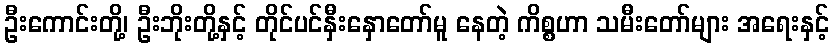
ဦးကောင်းတို့၊ ဦးဘိုးတို့နှင့် တိုင်ပင်နှီးနှောတော်မူ နေတဲ့ ကိစ္စဟာ သမီးတော်များ အရေးနှင့်